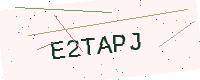
Text: E2TAPJ